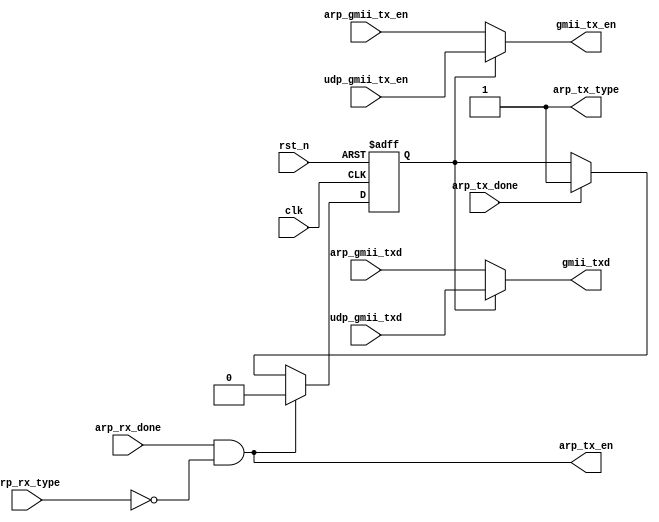
//****************************************Copyright (c)***********************************//
//www.yuanzige.com
//www.openedv.com
//http://openedv.taobao.com 
//""ZYNQ & FPGA & STM32 & LINUX
//
//Copyright(C)  2018-2028
//All rights reserved                                  
//----------------------------------------------------------------------------------------
// File name:           eth_ctrl
// Last modified Date:  2020/2/18 9:20:14
// Last Version:        V1.0
// Descriptions:        
//----------------------------------------------------------------------------------------
// Created by:          
// Created date:        2020/2/18 9:20:14
// Version:             V1.0
// Descriptions:        The original version
//
//----------------------------------------------------------------------------------------
//****************************************************************************************//

module eth_ctrl(
    input              clk       ,    //
    input              rst_n     ,    // 
    //ARP                                  
    input              arp_rx_done,   //ARP
    input              arp_rx_type,   //ARP 0:  1:
    output             arp_tx_en,     //ARP
    output             arp_tx_type,   //ARP 0:  1:
    input              arp_tx_done,   //ARP
    input              arp_gmii_tx_en,//ARP GMII 
    input     [7:0]    arp_gmii_txd,  //ARP GMII
    //UDP
    input              udp_gmii_tx_en,//UDP GMII  
    input     [7:0]    udp_gmii_txd,  //UDP GMII   
    //GMII
    output             gmii_tx_en,    //GMII 
    output    [7:0]    gmii_txd       //UDP GMII 
    );

//reg define
reg        protocol_sw; //

//*****************************************************
//**                    main code
//*****************************************************

assign arp_tx_en = arp_rx_done && (arp_rx_type == 1'b0);
assign arp_tx_type = 1'b1;   //ARPARP                                   
assign gmii_tx_en = protocol_sw ? udp_gmii_tx_en : arp_gmii_tx_en;
assign gmii_txd = protocol_sw ? udp_gmii_txd : arp_gmii_txd;

//ARP/,GMII
always @(posedge clk or negedge rst_n) begin
    if(!rst_n)
        protocol_sw <= 1'b1;
    else if(arp_tx_en)   
        protocol_sw <= 1'b0;
    else if(arp_tx_done)
        protocol_sw <= 1'b1;
end

endmodule